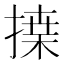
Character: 𢱴